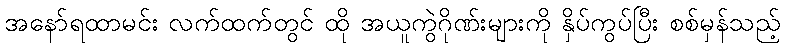
အနော်ရထာမင်း လက်ထက်တွင် ထို အယူကွဲဂိုဏ်းများကို နှိပ်ကွပ်ပြီး စစ်မှန်သည့်